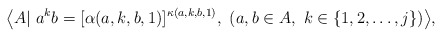
\begin{align*} \big\langle A|\ a^k b=[\alpha(a,k,b,1)]^{\kappa(a,k,b,1)},\ (a,b\in A,\ k\in\{1,2,\dots,j\})\big\rangle, \end{align*}